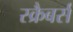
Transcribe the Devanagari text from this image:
स्क्रैबर्स